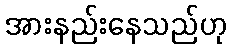
အားနည်းနေသည်ဟု